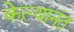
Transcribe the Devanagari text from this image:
केल्यानंत